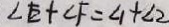
\angle E + \angle F = \angle 1 + \angle 2